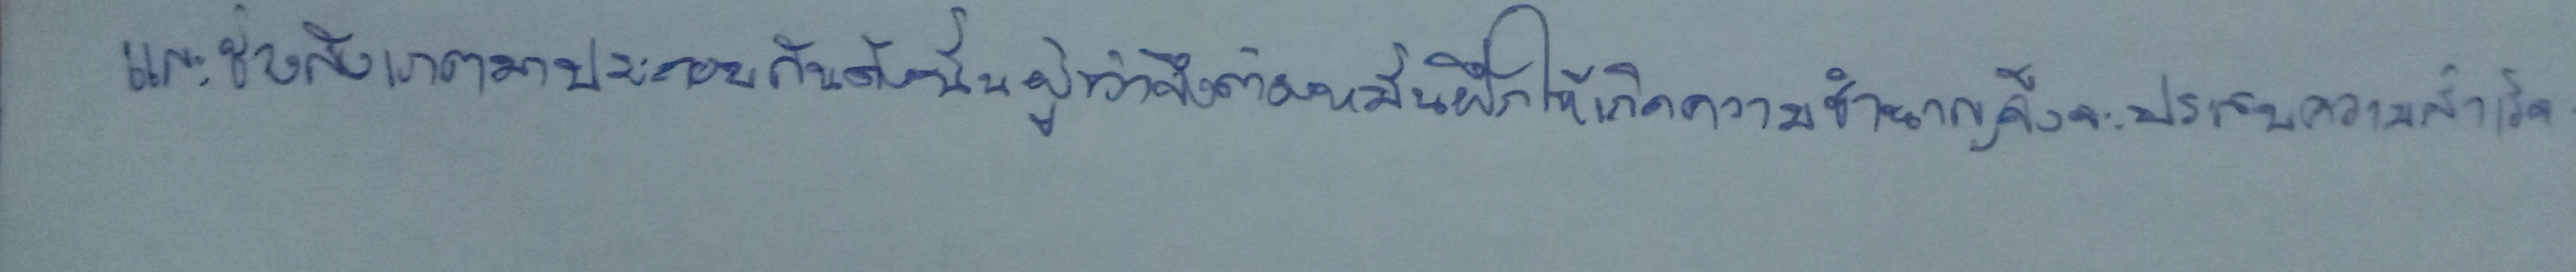
และช่างสังเกตมาประกอบกันดังนั้นผู้ทำจึงต้องหมั่นฝึกให้เกิดความชำนาญจึงจะประสบความสำเร็จ